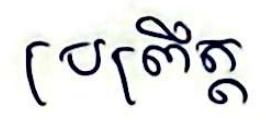
ប្រព្រឹត្ត